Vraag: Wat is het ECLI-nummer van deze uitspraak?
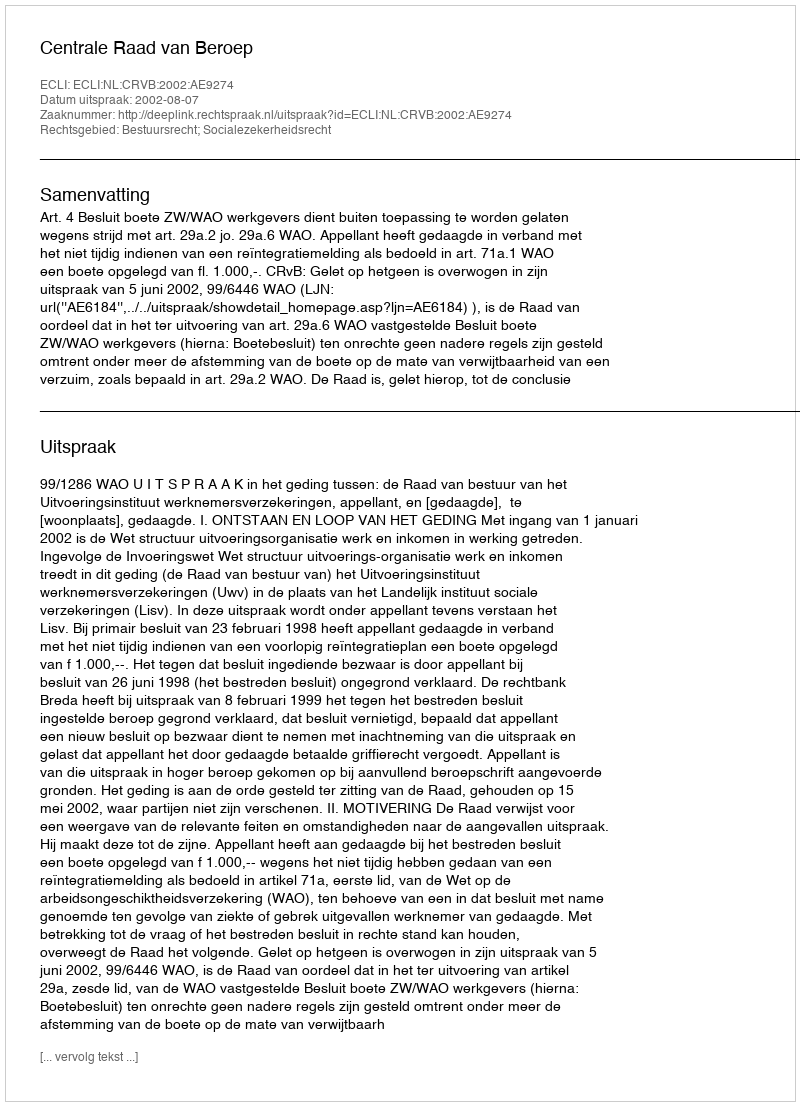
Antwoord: ECLI:NL:CRVB:2002:AE9274